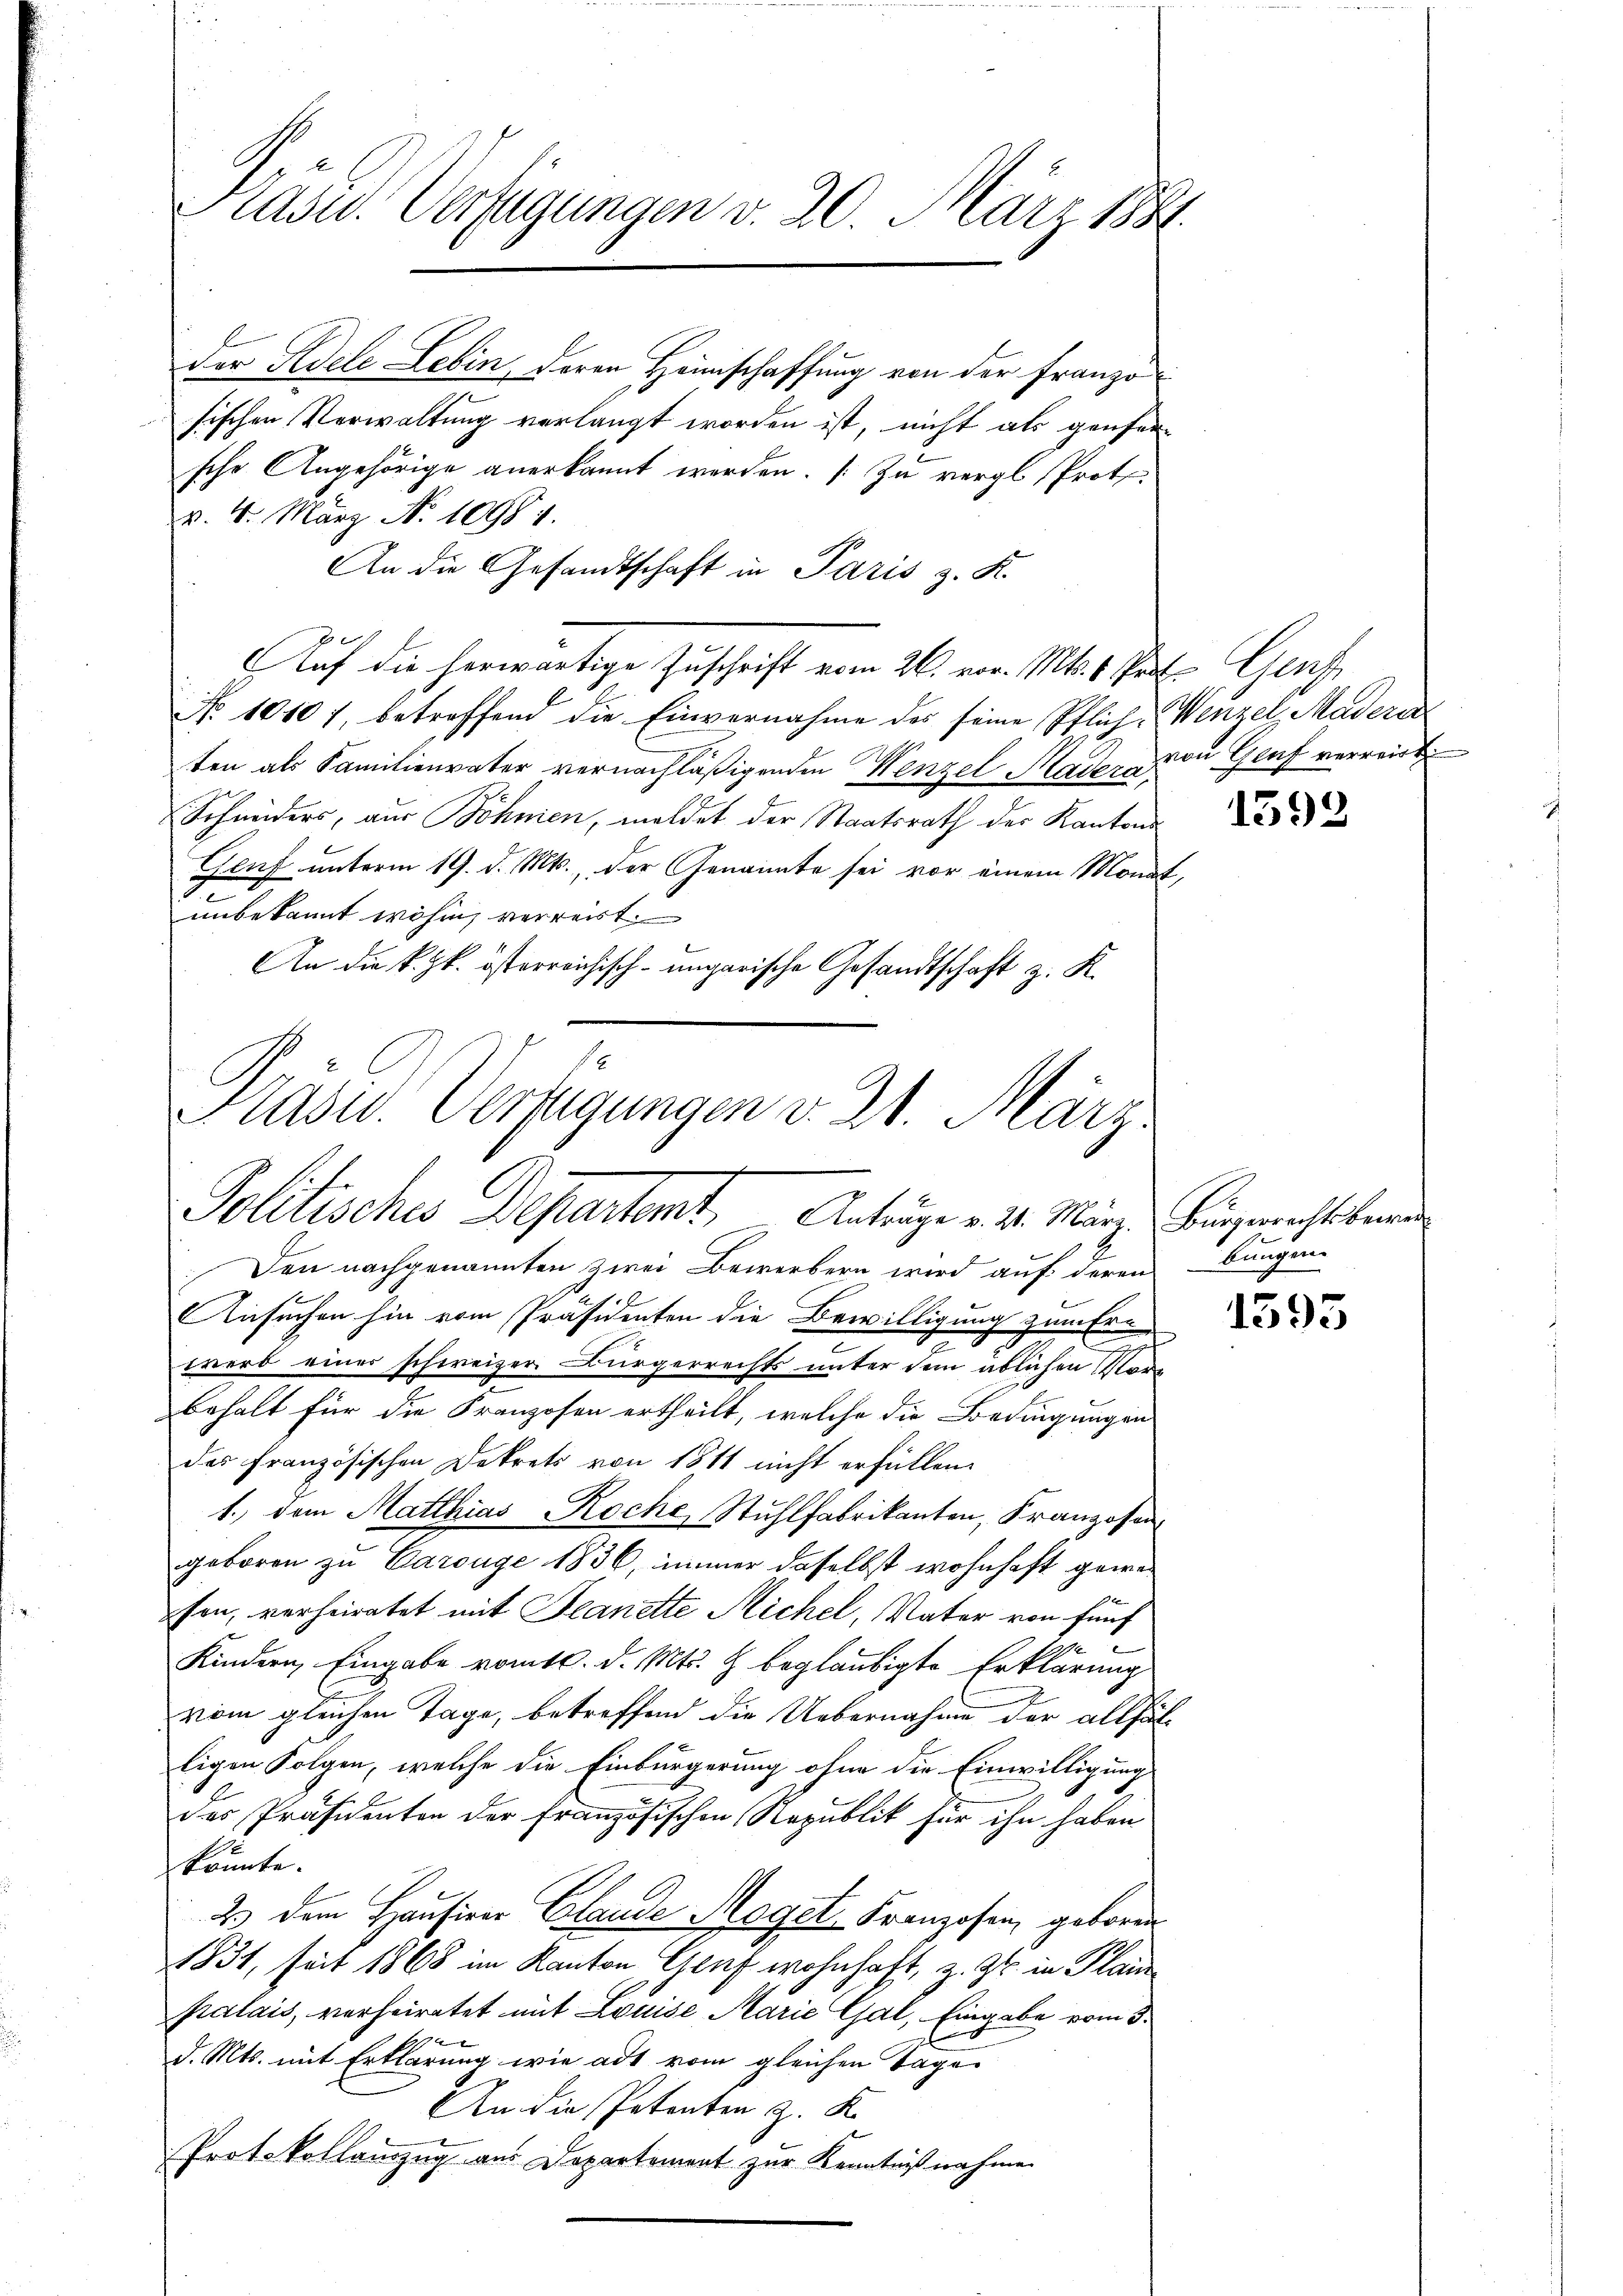
Präses Verfügungen v. 20. März 1881

der Pedele Leben deren Heimschaffung von der Franzo
sischen Verwaltung verlangt worden ist, nicht als genfer-
sche Angehörige anerkannt werden. (Zu vergl. Proto
§. 4. März No 10984.
An die Gesandtschaft in Paris z. K.
Auf die herwärtige Zuschrift vom 26. vor. Mt.   Genf
E
No 10107, betreffend die Einvernahme des seine Pflichenzel, Madere
ten als Familienvater vernachläßigenden Wenzel Mater von Genf verweist
Schneiders, aus Böhmen, meldet der Staatsrath der Kantons¬
Geuf unterm 19. d. Mts., der Genannte sei vor einem Monat,
unbekannt wohin, verreist.
An die k. k. österreichisch-ungarische Gesandtschaft z. K.

Präsid. Verfügungen v. 21. März
Politisches Departet. Anträge v. 4. März hingerechtsber

Den nachgenannten zwei Bewerbern wird auf deren Bungen-
Ansuchen hin vom Präsidenten die Bewilligung zum Ern
werb einer schweizer. Bürgerrechts unter dem üblichen Vorbehalt für die Franzosen ertheilt, welche die Bedingungen
des französischen Dekrets von 1811 nicht erfüllen.
1. dem Matthias Roche Stŭhlfabrikanton, Franzosen
geboren zu Carouge 1836, immer daselbst wohnhaft gewe
fen, verheiratet mit Jeanette Sichel, Vater von fünf
Kindern, Eingabe vom 16. d. Mts. Z beglaubigte Erklärung
vom gleichen Tage, betreffend die Uebernahme der allfälligen Folgen, welche die Einbürgerung ohne die Einwilligung
des Präsidenten der französischen Republik für ihn haben
könnte.
2. dem Hausirer Claude Moget, Franzosen, geboren
1831, seit 1868 im Kanton Genf wohnhaft, z. Zt. in Plai
palais, verheiratet mit Louise Marie Gal, Eingabe vom 3.
d. Mts. mit Erklärung wie ad vom gleichen Tage
An die Petenten z. K
Protokollauszug aus Departement zur Kenntnißnahme

1592

1393